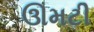
ઊમટી